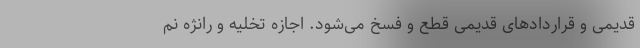
قدیمی و قراردادهای قدیمی قطع و فسخ می‌شود. اجازه تخلیه و رانژه نم